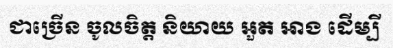
ជាច្រើន ចូលចិត្ត និយាយ អួត អាង ដើម្បី